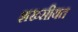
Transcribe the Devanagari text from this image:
शख्सीयत